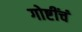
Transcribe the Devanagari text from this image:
गोष्टींचं